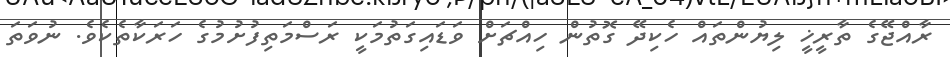
ރާއްޖޭގެ ތާރީޚީ ލިޔުންތައް ހެކިދޭ ގޮތުން ހިއްޗަށް ވަޑައިގަތުމަކީ ރަސްމަތިފުށުމުގެ ހަރަކާތެކެވެ. ނުވަތަ